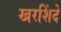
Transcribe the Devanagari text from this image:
खरशिंदे